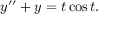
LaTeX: y ^ { \prime \prime } + y = t \cos t .